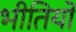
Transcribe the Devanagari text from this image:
भीतियों